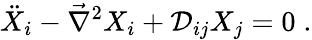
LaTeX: \ddot{X}_{i}-\vec{\nabla}^{2}X_{i}+{\cal D}_{ij}X_{j}=0\; .